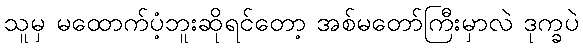
သူမှ မထောက်ပံ့ဘူးဆိုရင်တော့ အစ်မတော်ကြီးမှာလဲ ဒုက္ခပဲ